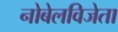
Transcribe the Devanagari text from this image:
नोबेलविजेता